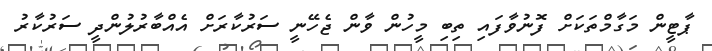
ޕާޓީން މަގާމްތަކަށް ފޮނުވާފައި ތިބި މީހުން ވާން ޖެހޭނީ ސަރުކާރަށް އެއްބާރުލުންދީ ސަރުކާރު